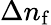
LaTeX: \Delta n_{\mathrm{f}}